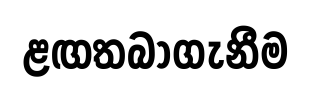
ළඟතබාගැනීම